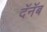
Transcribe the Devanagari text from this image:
दॅनॅब